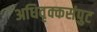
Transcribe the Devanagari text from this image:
अधिवृक्कसंपुट